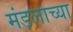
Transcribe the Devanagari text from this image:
मंडलाच्या